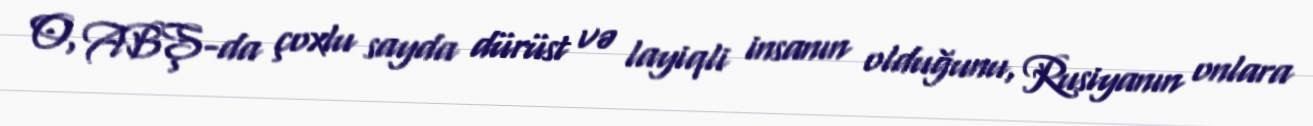
O, ABŞ-da çoxlu sayda dürüst və layiqli insanın olduğunu, Rusiyanın onlara